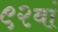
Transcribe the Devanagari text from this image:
९२वां